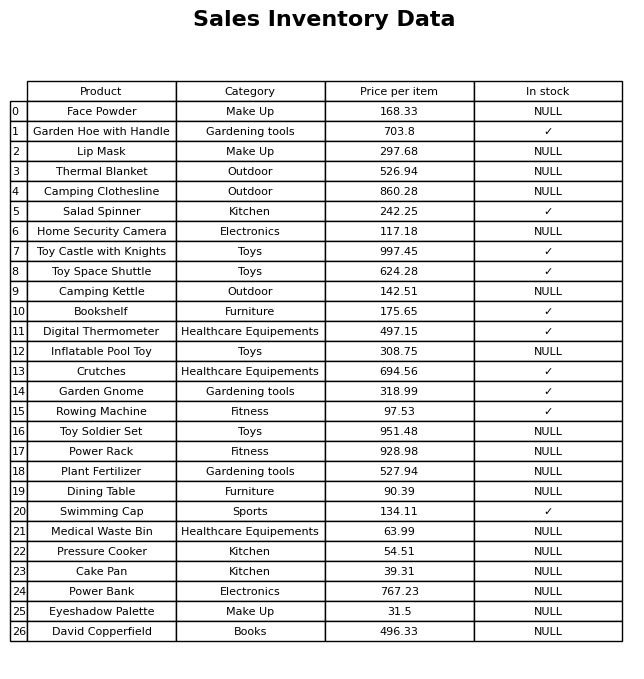
question: What is the price of the Inflatable Pool Toy?
answer: The price of Inflatable Pool Toy is 308.75.